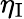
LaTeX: \eta_{\mathrm{I}}